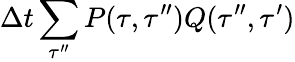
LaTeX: \Delta t\sum_{\tau^{\prime\prime}}P(\tau,\tau^{\prime\prime})Q(\tau^{\prime\prime},\tau^{\prime})